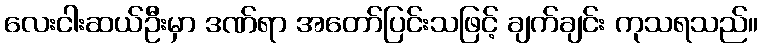
လေးငါးဆယ်ဦးမှာ ဒဏ်ရာ အတော်ပြင်းသဖြင့် ချက်ချင်း ကုသရသည်။